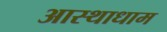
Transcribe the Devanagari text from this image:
आस्थाधाम